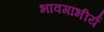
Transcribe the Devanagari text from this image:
भावगांभीर्य